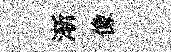
渐像